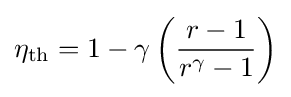
\eta _{\rm {th}}=1-\gamma \left({\frac {r-1}{r^{\gamma }-1}}\right)